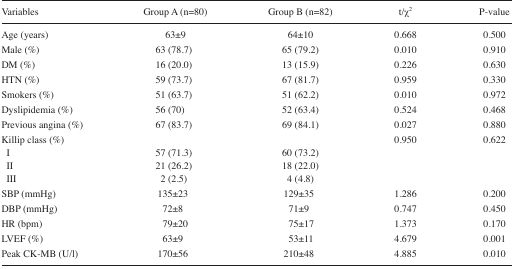
<table><thead><tr><td><b>Variables</b></td><td><b>Group A (n=80)</b></td><td><b>Group B (n=82)</b></td><td><b>t/χ<sup>2</sup></b></td><td><b>P-value</b></td></tr></thead><tbody><tr><td>Age (years)</td><td>63±9</td><td>64±10</td><td>0.668</td><td>0.500</td></tr><tr><td>Male (%)</td><td>63 (78.7)</td><td>65 (79.2)</td><td>0.010</td><td>0.910</td></tr><tr><td>DM (%)</td><td>16 (20.0)</td><td>13 (15.9)</td><td>0.226</td><td>0.630</td></tr><tr><td>HTN (%)</td><td>59 (73.7)</td><td>67 (81.7)</td><td>0.959</td><td>0.330</td></tr><tr><td>Smokers (%)</td><td>51 (63.7)</td><td>51 (62.2)</td><td>0.010</td><td>0.972</td></tr><tr><td>Dyslipidemia (%)</td><td>56 (70)</td><td>52 (63.4)</td><td>0.524</td><td>0.468</td></tr><tr><td>Previous angina (%)</td><td>67 (83.7)</td><td>69 (84.1)</td><td>0.027</td><td>0.880</td></tr><tr><td>Killip class (%)</td><td></td><td></td><td>0.950</td><td>0.622</td></tr><tr><td>I</td><td>57 (71.3)</td><td>60 (73.2)</td><td></td><td></td></tr><tr><td>II</td><td>21 (26.2)</td><td>18 (22.0)</td><td></td><td></td></tr><tr><td>III</td><td>2 (2.5)</td><td>4 (4.8)</td><td></td><td></td></tr><tr><td>SBP (mmHg)</td><td>135±23</td><td>129±35</td><td>1.286</td><td>0.200</td></tr><tr><td>DBP (mmHg)</td><td>72±8</td><td>71±9</td><td>0.747</td><td>0.450</td></tr><tr><td>HR (bpm)</td><td>79±20</td><td>75±17</td><td>1.373</td><td>0.170</td></tr><tr><td>LVEF (%)</td><td>63±9</td><td>53±11</td><td>4.679</td><td>0.001</td></tr><tr><td>Peak CK-MB (U/l)</td><td>170±56</td><td>210±48</td><td>4.885</td><td>0.010</td></tr></tbody></table>